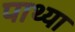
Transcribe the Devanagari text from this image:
पाथ्या